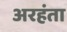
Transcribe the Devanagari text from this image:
अरहंता